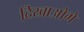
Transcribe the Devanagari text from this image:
दिखाओगे